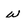
Character: w